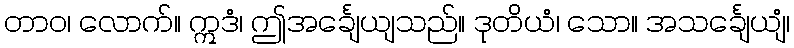
တာဝ၊ လောက်။ ဣဒံ၊ ဤအင်္ချေယျသည်။ ဒုတိယံ၊ သော။ အသင်္ချေယျံ၊